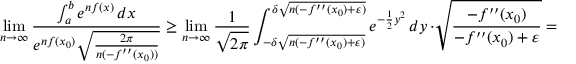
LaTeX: \operatorname* { l i m } _ { n \to \infty } { \frac { \int _ { a } ^ { b } e ^ { n f ( x ) } \, d x } { e ^ { n f ( x _ { 0 } ) } { \sqrt { \frac { 2 \pi } { n ( - f ^ { \prime \prime } ( x _ { 0 } ) ) } } } } } \geq \operatorname* { l i m } _ { n \to \infty } { \frac { 1 } { \sqrt { 2 \pi } } } \int _ { - \delta { \sqrt { n ( - f ^ { \prime \prime } ( x _ { 0 } ) + \varepsilon ) } } } ^ { \delta { \sqrt { n ( - f ^ { \prime \prime } ( x _ { 0 } ) + \varepsilon ) } } } e ^ { - { \frac { 1 } { 2 } } y ^ { 2 } } \, d y \, \cdot { \sqrt { \frac { - f ^ { \prime \prime } ( x _ { 0 } ) } { - f ^ { \prime \prime } ( x _ { 0 } ) + \varepsilon } } } = { \sqrt { \frac { - f ^ { \prime \prime } ( x _ { 0 } ) } { - f ^ { \prime \prime } ( x _ { 0 } ) + \varepsilon } } }